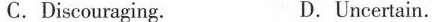
C.Discouraging. D.Uncertain.